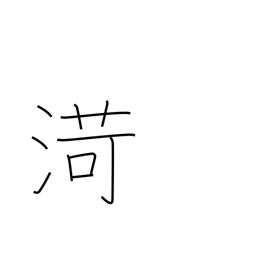
Meaning: name of Chinese river